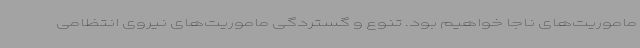
ماموریت‌های ناجا خواهیم بود. تنوع و گستردگی ماموریت‌های نیروی انتظامی